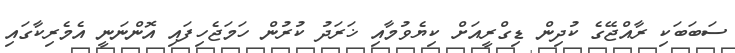
ސަބަބަކި ރާއްޖޭގެ ކުދިން ޑިގްރީއަށް ކިޔެވުމާއި ޚަރަދު ކުރުން ހަމަޖެހިފައި އޮންނަނީ އެމެރިކާގައި